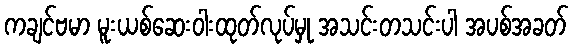
ကချင်ဗမာ မူးယစ်ဆေးဝါးထုတ်လုပ်မှု အသင်းတသင်းပါ အပစ်အခတ်